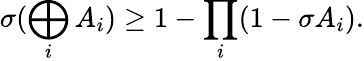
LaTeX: \sigma(\bigoplus_{i}A_{i})\geq 1-\prod_{i}(1-\sigma A_{i}).